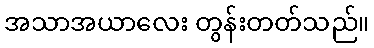
အသာအယာလေး တွန်းတတ်သည်။